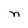
Character: n